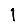
Digit: 1